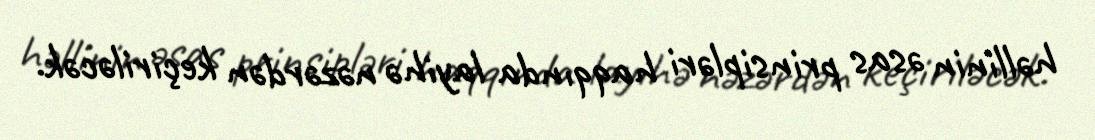
həllinin əsas prinsipləri haqqında layihə nəzərdən keçiriləcək.